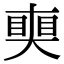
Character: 𥈜